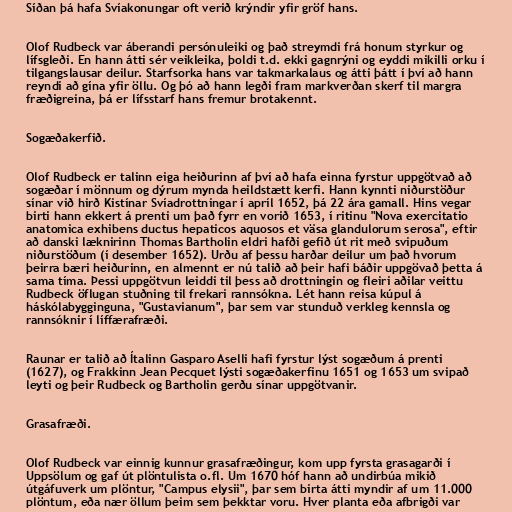
Síðan þá hafa Svíakonungar oft verið krýndir yfir gröf hans.

Olof Rudbeck var áberandi persónuleiki og það streymdi frá honum styrkur og
lífsgleði. En hann átti sér veikleika, þoldi t.d. ekki gagnrýni og eyddi mikilli orku í
tilgangslausar deilur. Starfsorka hans var takmarkalaus og átti þátt í því að hann
reyndi að gína yfir öllu. Og þó að hann legði fram markverðan skerf til margra
fræðigreina, þá er lífsstarf hans fremur brotakennt.

Sogæðakerfið.

Olof Rudbeck er talinn eiga heiðurinn af því að hafa einna fyrstur uppgötvað að
sogæðar í mönnum og dýrum mynda heildstætt kerfi. Hann kynnti niðurstöður
sínar við hirð Kistínar Svíadrottningar í apríl 1652, þá 22 ára gamall. Hins vegar
birti hann ekkert á prenti um það fyrr en vorið 1653, í ritinu "Nova exercitatio
anatomica exhibens ductus hepaticos aquosos et väsa glandulorum serosa", eftir
að danski læknirinn Thomas Bartholin eldri hafði gefið út rit með svipuðum
niðurstöðum (í desember 1652). Urðu af þessu harðar deilur um það hvorum
þeirra bæri heiðurinn, en almennt er nú talið að þeir hafi báðir uppgövað þetta á
sama tíma. Þessi uppgötvun leiddi til þess að drottningin og fleiri aðilar veittu
Rudbeck öflugan stuðning til frekari rannsókna. Lét hann reisa kúpul á
háskólabygginguna, "Gustavianum", þar sem var stunduð verkleg kennsla og
rannsóknir í líffærafræði.

Raunar er talið að Ítalinn Gasparo Aselli hafi fyrstur lýst sogæðum á prenti
(1627), og Frakkinn Jean Pecquet lýsti sogæðakerfinu 1651 og 1653 um svipað
leyti og þeir Rudbeck og Bartholin gerðu sínar uppgötvanir.

Grasafræði.

Olof Rudbeck var einnig kunnur grasafræðingur, kom upp fyrsta grasagarði í
Uppsölum og gaf út plöntulista o.fl. Um 1670 hóf hann að undirbúa mikið
útgáfuverk um plöntur, "Campus elysii", þar sem birta átti myndir af um 11.000
plöntum, eða nær öllum þeim sem þekktar voru. Hver planta eða afbrigði var